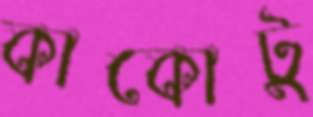
কাকোটু